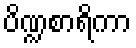
ပိဏ္ဍစာရိကာ